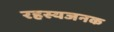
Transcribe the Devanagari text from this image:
रहस्यजनक